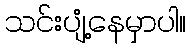
သင်းပျံ့နေမှာပါ။